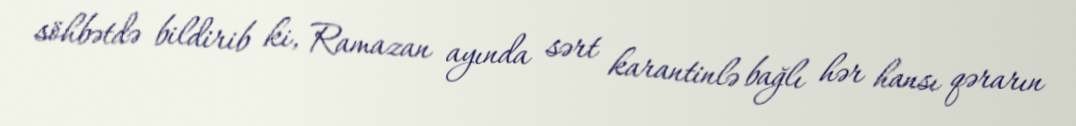
söhbətdə bildirib ki, Ramazan ayında sərt karantinlə bağlı hər hansı qərarın